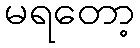
မရတော့